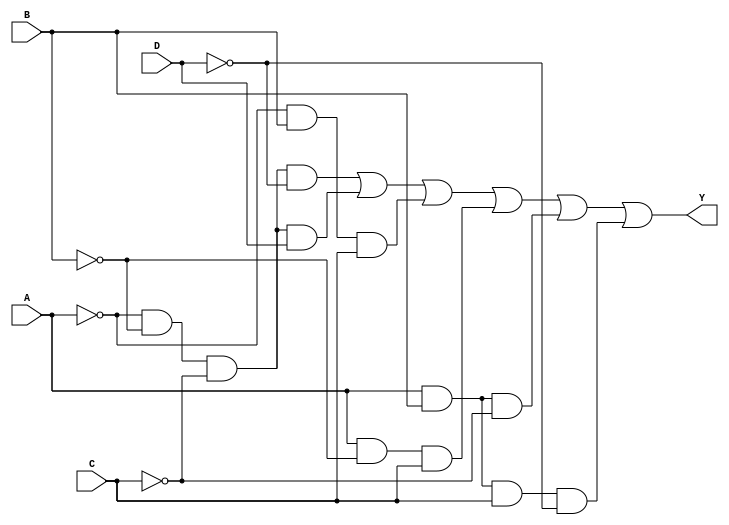
module kmap_4var (
    input wire A,  // Input variable A
    input wire B,  // Input variable B
    input wire C,  // Input variable C
    input wire D,  // Input variable D
    output wire Y  // Output of the K-map simplification
);

// K-map representation
// Assuming the following minterms are '1' based on some logic function:
// Minterms: 0, 1, 2, 5, 6, 7, 8, 9, 10, 14 (for example)
// This corresponds to the following K-map filled with 1s and 0s:

//    CD
//    00  01  11  10
// AB +----------------
// 00 |  1   1   0   1  (minterms 0, 1, 3, 2)
// 01 |  0   1   1   1  (minterms 4, 5, 7, 6)
// 11 |  0   0   1   0  (minterms 12, 13, 15, 14)
// 10 |  1   1   0   0  (minterms 8, 9, 11, 10)

// The simplified Boolean expression derived from this K-map is:
// Y = A'C'D' + A'C'D + A'BC + AB'C + ABCD' + AB'C'D'

assign Y = (~A & ~B & ~C & ~D) |  // minterm 0
           (~A & ~B & ~C & D)  |  // minterm 1
           (~A & B & C)       |  // minterm 5
           (A & ~B & C)       |  // minterm 9
           (A & B & ~C)       |  // minterm 10
           (A & B & C & ~D);      // minterm 14

endmodule